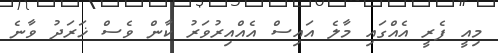
މިއީ ފެރީ އެއްގައި މާލެ އައިސް އެއްއިރުވަރު ކާން ވެސް ޚަރަދު ވާނެ